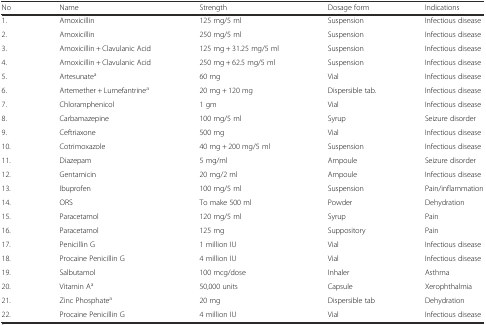
<table><thead><tr><td><b>No</b></td><td><b>Name</b></td><td><b>Strength</b></td><td><b>Dosage form</b></td><td><b>Indications</b></td></tr></thead><tbody><tr><td>1.</td><td>Amoxicillin</td><td>125 mg/5 ml</td><td>Suspension</td><td>Infectious disease</td></tr><tr><td>2.</td><td>Amoxicillin</td><td>250 mg/5 ml</td><td>Suspension</td><td>Infectious disease</td></tr><tr><td>3.</td><td>Amoxicillin + Clavulanic Acid</td><td>125 mg + 31.25 mg/5 ml</td><td>Suspension</td><td>Infectious disease</td></tr><tr><td>4.</td><td>Amoxicillin + Clavulanic Acid</td><td>250 mg + 62.5 mg/5 ml</td><td>Suspension</td><td>Infectious disease</td></tr><tr><td>5.</td><td>Artesunate<sup>a</sup></td><td>60 mg</td><td>Vial</td><td>Infectious disease</td></tr><tr><td>6.</td><td>Artemether + Lumefantrine<sup>a</sup></td><td>20 mg + 120 mg</td><td>Dispersible tab.</td><td>Infectious disease</td></tr><tr><td>7.</td><td>Chloramphenicol</td><td>1 gm</td><td>Vial</td><td>Infectious disease</td></tr><tr><td>8.</td><td>Carbamazepine</td><td>100 mg/5 ml</td><td>Syrup</td><td>Seizure disorder</td></tr><tr><td>9.</td><td>Ceftriaxone</td><td>500 mg</td><td>Vial</td><td>Infectious disease</td></tr><tr><td>10.</td><td>Cotrimoxazole</td><td>40 mg + 200 mg/5 ml</td><td>Suspension</td><td>Infectious disease</td></tr><tr><td>11.</td><td>Diazepam</td><td>5 mg/ml</td><td>Ampoule</td><td>Seizure disorder</td></tr><tr><td>12.</td><td>Gentamicin</td><td>20 mg/2 ml</td><td>Ampoule</td><td>Infectious disease</td></tr><tr><td>13.</td><td>Ibuprofen</td><td>100 mg/5 ml</td><td>Suspension</td><td>Pain/inflammation</td></tr><tr><td>14.</td><td>ORS</td><td>To make 500 ml</td><td>Powder</td><td>Dehydration</td></tr><tr><td>15.</td><td>Paracetamol</td><td>120 mg/5 ml</td><td>Syrup</td><td>Pain</td></tr><tr><td>16.</td><td>Paracetamol</td><td>125 mg</td><td>Suppository</td><td>Pain</td></tr><tr><td>17.</td><td>Penicillin G</td><td>1 million IU</td><td>Vial</td><td>Infectious disease</td></tr><tr><td>18.</td><td>Procaine Penicillin G</td><td>4 million IU</td><td>Vial</td><td>Infectious disease</td></tr><tr><td>19.</td><td>Salbutamol</td><td>100 mcg/dose</td><td>Inhaler</td><td>Asthma</td></tr><tr><td>20.</td><td>Vitamin A<sup>a</sup></td><td>50,000 units</td><td>Capsule</td><td>Xerophthalmia</td></tr><tr><td>21.</td><td>Zinc Phosphate<sup>a</sup></td><td>20 mg</td><td>Dispersible tab</td><td>Dehydration</td></tr><tr><td>22.</td><td>Procaine Penicillin G</td><td>4 million IU</td><td>Vial</td><td>Infectious disease</td></tr></tbody></table>